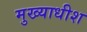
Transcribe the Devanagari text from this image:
मुख्याधीश